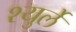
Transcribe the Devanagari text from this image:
श्युर्ले